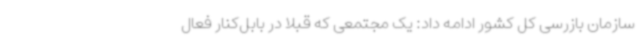
سازمان بازرسی کل کشور ادامه داد: یک مجتمعی که قبلاً در بابل‌کنار فعال